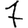
Digit: 7